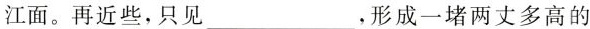
江面。再近些，只见___，形成一堵两丈多高的